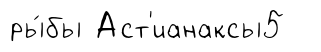
ры́бы Аст'ианаксы5